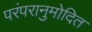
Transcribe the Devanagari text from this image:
परंपरानुमोदित